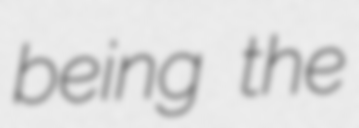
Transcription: being the